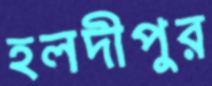
হলদীপুর